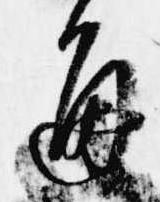
通